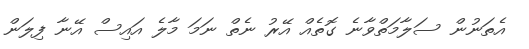
އެތަނުން ސަލާމަތްވާނެ ގޮތެއް އޭރު ނެތް ނަމަ މާލެ އައިސް އޭނާ ފިލަން